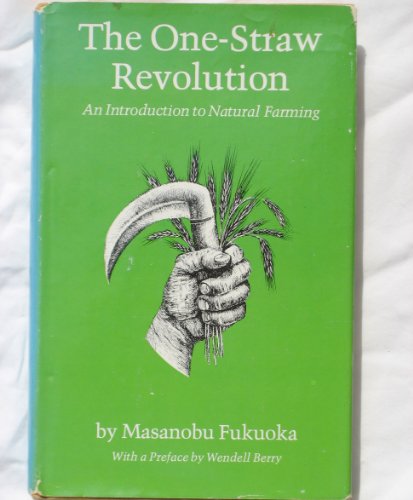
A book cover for The One-Straw Revolution: An Introduction to Natural Farming; Masanobu Fukuoka; Science & Math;